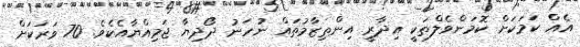
އެއް ކަމަކަށް ކޮމަންވެލްތަކީ އިދާރީ އިންތިޒާމުތައް ނުހަނު ދޯދިޔާ ޖަމިއްޔާއެކެވެ. 70 ވަރަކަށް